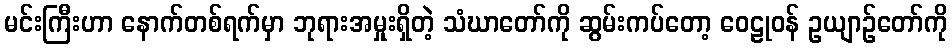
မင်းကြီးဟာ နောက်တစ်ရက်မှာ ဘုရားအမှုးရှိတဲ့ သံဃာတော်ကို ဆွမ်းကပ်တော့ ဝေဠုဝန် ဥယျာဉ်တော်ကို